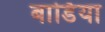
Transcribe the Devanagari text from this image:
बार्डिया